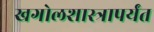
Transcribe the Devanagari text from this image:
खगोलशास्त्रापर्यंत